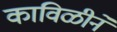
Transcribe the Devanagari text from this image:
काविळीने